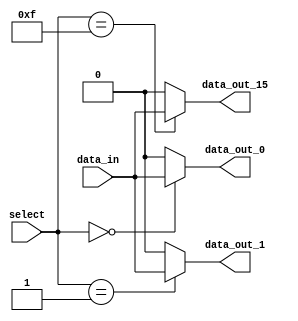
module demux_1to16 (
    input wire [3:0] select,
    input wire data_in,
    output reg data_out_0,
    output reg data_out_1,
    // Define data_out_2 to data_out_15 similarly
    output reg data_out_15
);

always @(*)
begin
    data_out_0 = (select == 4'b0000) ? data_in : 1'b0;
    data_out_1 = (select == 4'b0001) ? data_in : 1'b0;
    // Assign remaining outputs similarly
    data_out_15 = (select == 4'b1111) ? data_in : 1'b0;
end

endmodule